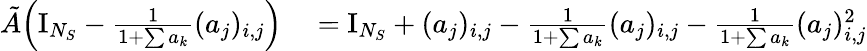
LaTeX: \begin{array}{rl}{\tilde{A}\Big(\mathrm{I}_{N_{S}}-\frac 1{1+\sum a_{k}}(a_{j})_{i,j}\Big)}&{{}=\mathrm{I}_{N_{S}}+(a_{j})_{i,j}-\frac 1{1+\sum a_{k}}(a_{j})_{i,j}-\frac 1{1+\sum a_{k}}(a_{j})_{i,j}^{2}}\end{array}